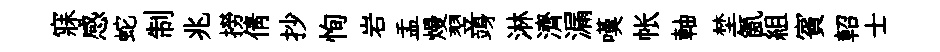
寐感蛇制兆撈倩抄恂岩盂熳翌竧淋濟漏嘆帐軸埜氤組賓軺士